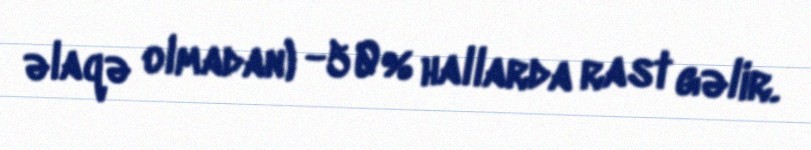
əlaqə olmadan) -50% hallarda rast gəlir.